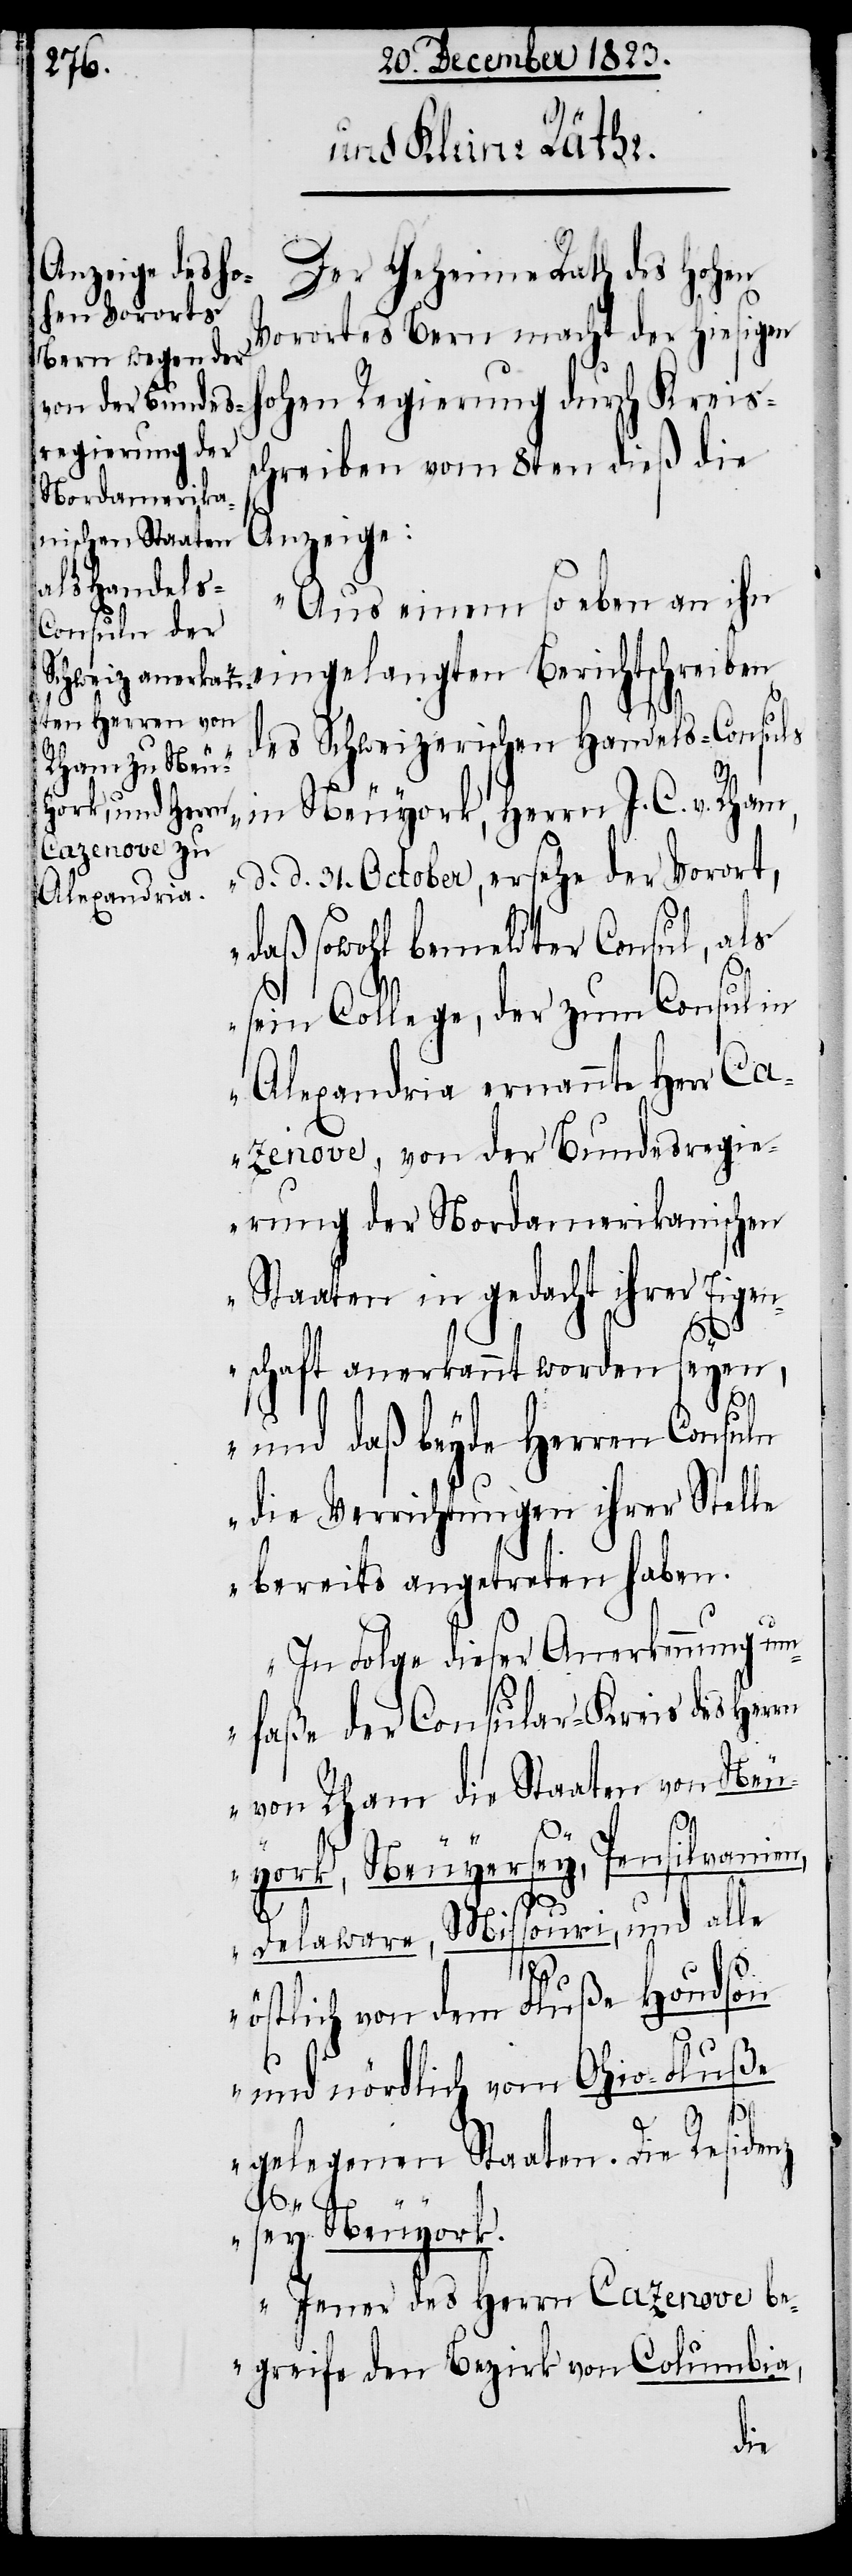
Der Geheime Rath des hohen
Vorortes Bern macht der hiesigen
ohen Regierung durch Kreis¬
chreiben vom 8ten dieß die
Anzeige:
„Aus einem so eben an ihn
eingelangten Berichtschreiben
des Schweizerischen Handels-Consuls
in Neuyork, Herrn J. C. v. Rham,
d. d. 31. October, ersehe der Vorort,
daß sowohl bemeldter Consul, als
sein College, der zum Consul in
Alexandria ernannte Herr Ca¬
zenove, von der Bundesregie¬
rung der Nordamerikanischen
Staaten in gedacht ihrer Eigen¬
s¬
schaft anerkannt worden seyen,
und daß beyde Herren Consuln
die Verrichtungen ihrer Stelle
bereits angetreten haben.
In Folge dieser Anerkennung um¬
faße der Consular-Kreis des Herrn
von Rham die Staaten von Neu¬
h¬
york, Neuyersey, Pensilvanien,
Delaware, Missouri, und alle
östlich von dem Fluße Houdson
und nördlich vom Ohio-Fluße
gelegenen Staaten. Die Residenz
sey Neuyork.
Jener des Herrn Cazenove be¬
greife den Bezirk von Columbia,